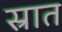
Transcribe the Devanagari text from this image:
स्रात